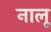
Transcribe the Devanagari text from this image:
नालू